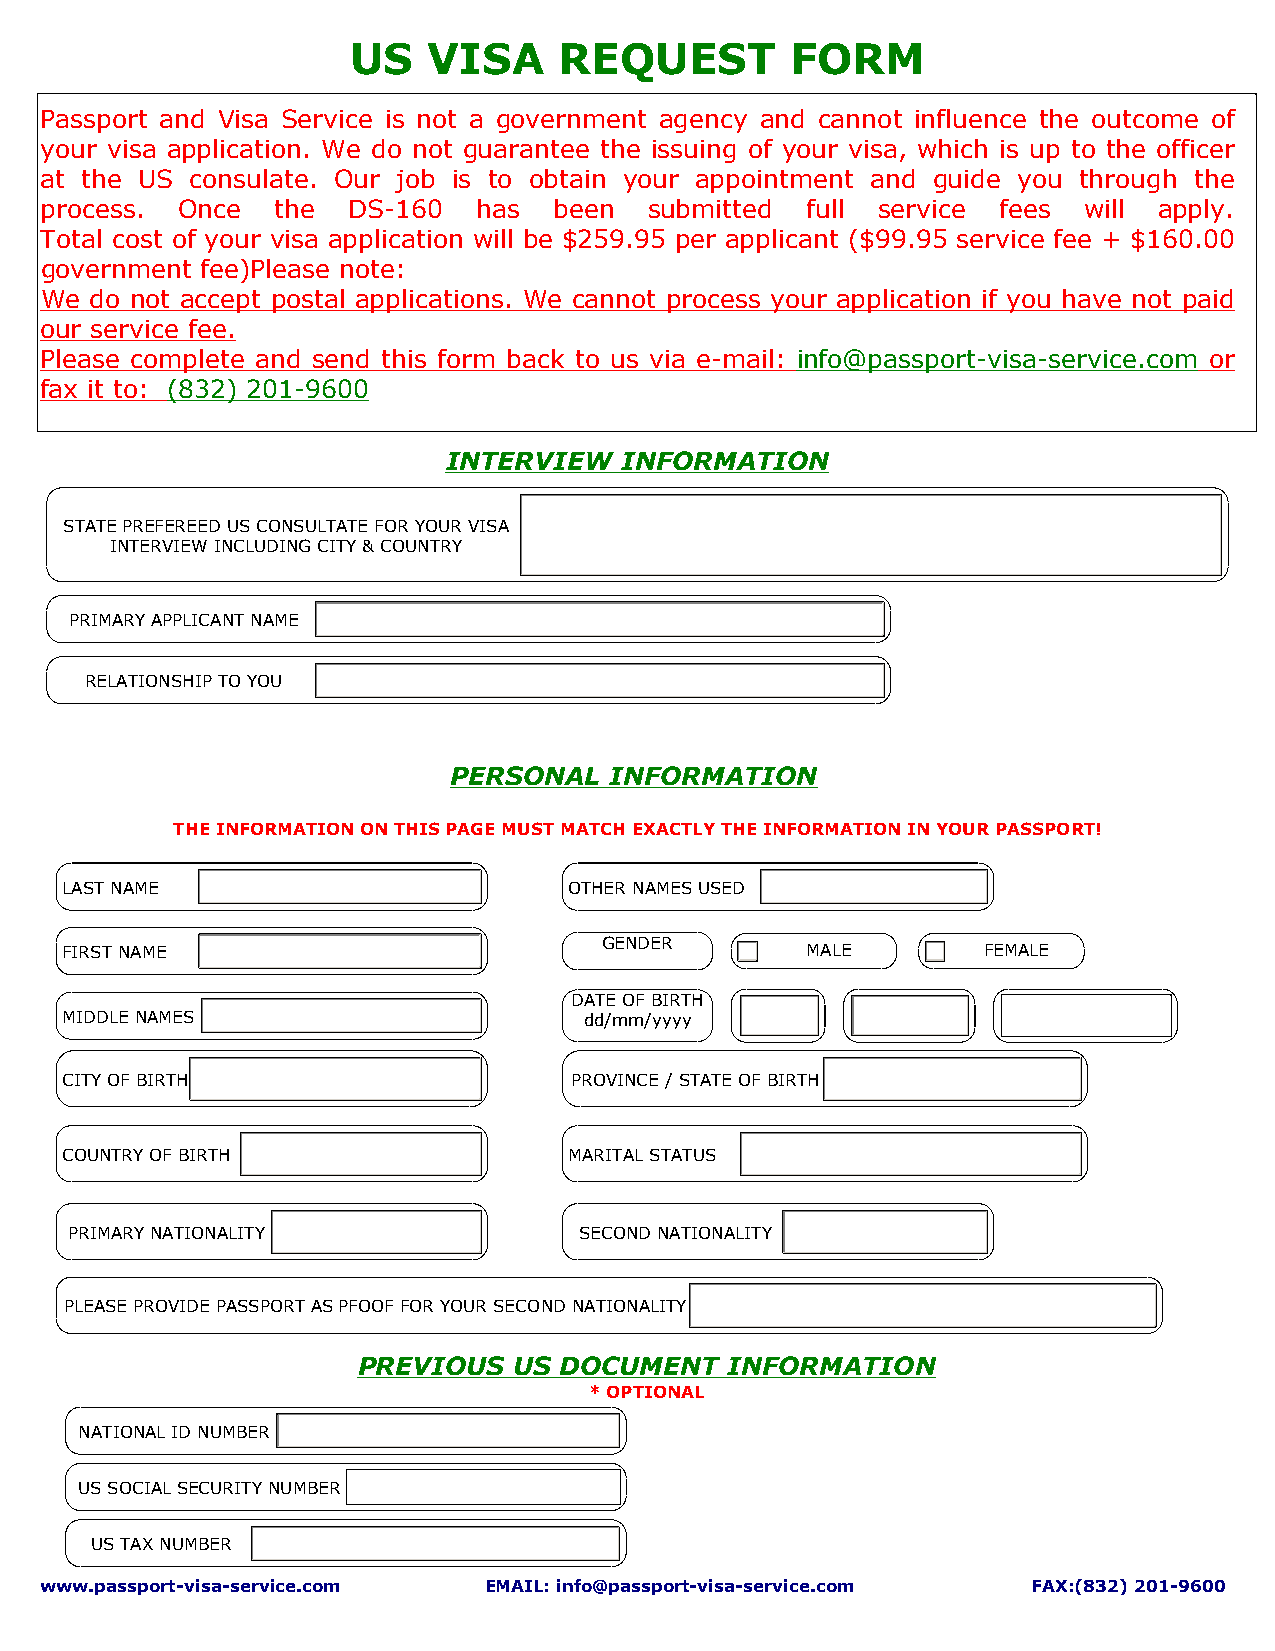
US   VISA     REQUEST        FORM
 Passport and Visa Service is not a government agency and cannot influence the outcome of
 your visa application. We do not guarantee the issuing of your visa, which is up to the officer
 at the US consulate. Our job is to obtain your appointment and guide you through the
 process. Once  the  DS-160   has  been  submitted full service fees  will apply.
 Total cost of your visa application will be $259.95 per applicant ($99.95 service fee + $160.00
 government fee)Please note:
 We do not accept postal applications. We cannot process your application if you have not paid
 our service fee.
 Please complete and send this form back to us via e-mail: info@passport-visa-service.com or
 fax it to: (832) 201-9600
 INTERVIEW  INFORMATION
 STATE PREFEREED US CONSULTATE FOR YOUR VISA
 INTERVIEW INCLUDING CITY & COUNTRY
 PRIMARY APPLICANT NAME
 RELATIONSHIP TO YOU
 PERSONAL  INFORMATION
 THE INFORMATION ON THIS PAGE MUST MATCH EXACTLY THE INFORMATION IN YOUR PASSPORT!
 LAST NAME                         OTHER NAMES USED
 GENDER
 FIRST NAME                                       MALE        FEMALE
 DATE OF BIRTH
 MIDDLE NAMES                       dd/mm/yyyy
 CITY OF BIRTH                     PROVINCE / STATE OF BIRTH
 COUNTRY OF BIRTH                  MARITAL STATUS
 PRIMARY NATIONALITY              SECOND NATIONALITY
 PLEASE PROVIDE PASSPORT AS PFOOF FOR YOUR SECOND NATIONALITY
 PREVIOUS  US DOCUMENT   INFORMATION
 * OPTIONAL
 NATIONAL ID NUMBER
 US SOCIAL SECURITY NUMBER
 US TAX NUMBER
 www.passport-visa-service.com EMAIL: info@passport-visa-service.com FAX:(832) 201-9600